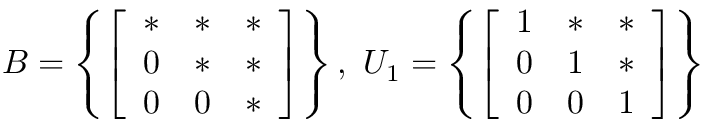
B = \left\{ { \left[ \begin{array} { l l l } { * } & { * } & { * } \\ { 0 } & { * } & { * } \\ { 0 } & { 0 } & { * } \end{array} \right] } \right\} , { \mathrm { ~ } } U _ { 1 } = \left\{ { \left[ \begin{array} { l l l } { 1 } & { * } & { * } \\ { 0 } & { 1 } & { * } \\ { 0 } & { 0 } & { 1 } \end{array} \right] } \right\}